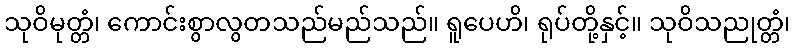
သုဝိမုတ္တံ၊ ကောင်းစွာလွတသည်မည်သည်။ ရူပေဟိ၊ ရုပ်တို့နှင့်။ သုဝိသညုတ္တံ၊